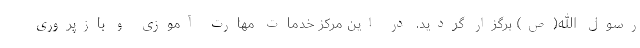
رسول الله(ص) برگزار گردید. در این مرکز خدمات مهارت آموزی و بازپروری